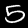
Label: 5